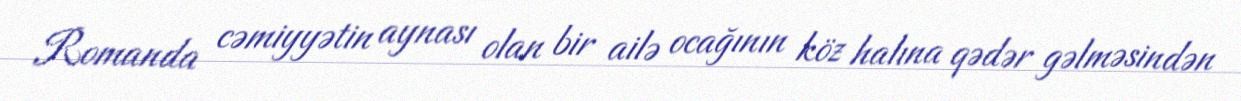
Romanda cəmiyyətin aynası olan bir ailə ocağının köz halına qədər gəlməsindən